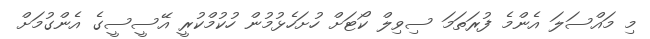
މި މައްސަލަ އެންމެ ފުރަތަމަ ސިވިލް ކޯޓަށް ހުށަހެޅުމުން ހުކުމްކުރީ އޭސީސީގެ އެންގުމަށް